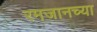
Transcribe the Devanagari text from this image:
रमजानच्या